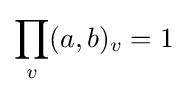
\prod _{v}(a,b)_{v}=1